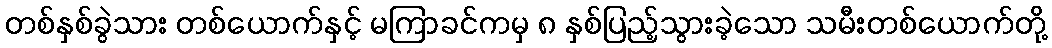
တစ်နှစ်ခွဲသား တစ်ယောက်နှင့် မကြာခင်ကမှ ၈ နှစ်ပြည့်သွားခဲ့သော သမီးတစ်ယောက်တို့